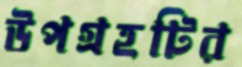
উপগ্রহটির